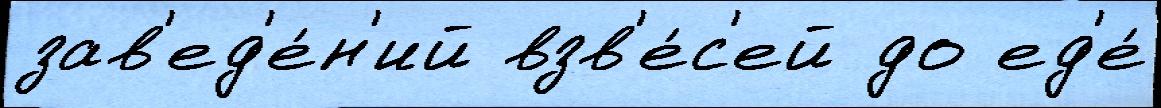
зав'ед'е́н'ий взв'е́с'ей до ед'е́